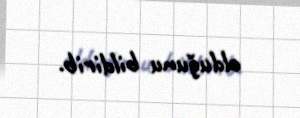
olduğunu bildirib.